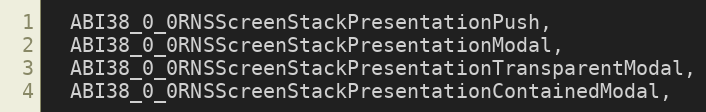
Language: C
  ABI38_0_0RNSScreenStackPresentationPush,
  ABI38_0_0RNSScreenStackPresentationModal,
  ABI38_0_0RNSScreenStackPresentationTransparentModal,
  ABI38_0_0RNSScreenStackPresentationContainedModal,